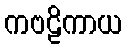
ကဗဠိကာယ